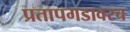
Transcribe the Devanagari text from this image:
प्रतापगडावरच